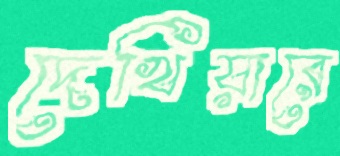
দেখিয়ারে